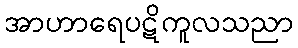
အာဟာရေပဋိကူလသညာ